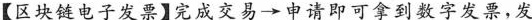
【区块链电子发票】完成交易 \rightarrow 申请即可拿到数字发票，发